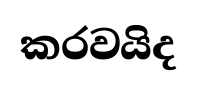
කරවයිද